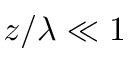
z / \lambda \ll 1